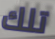
تلك